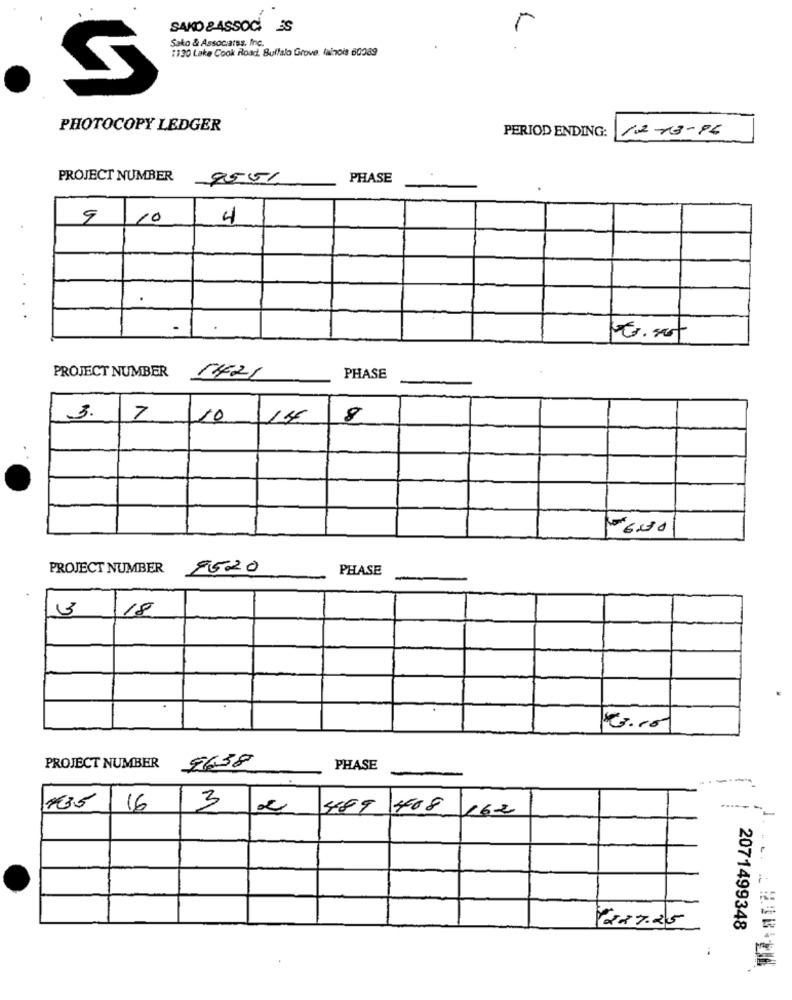
SAKO & ASSOCI ES
Sako & Associates, Inc.
1130 Lake Cook Road, Buffalo Grove. lainois 60089
PHOTOCOPY LEDGER
PERIOD ENDING: 12-13-96
PROJECT NUMBER
9551
PHASE
9
10
4
....
E. set
PROJECT NUMBER
1421
PHASE
3.
7
110
8
PROJECT NUMBER
9520
PHASE
13/18
PROJECT NUMBER
9638
PHASE
3
435
16
--
489 408 162
227.25
2071499348